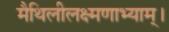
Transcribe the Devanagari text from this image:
मैथिलीलक्ष्मणाभ्याम्।